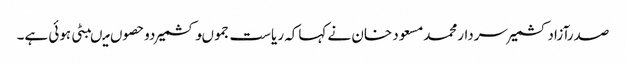
صدرآزادکشمیرسردارمحمدمسعود خان نے کہاکہ ریاست جموںوکشمیر دوحصوں میںبٹی ہوئی ہے۔